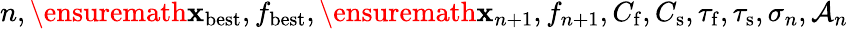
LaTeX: n,\ensuremath{\mathbf{x}}_{\mathrm{best}},f_{\mathrm{best}},\ensuremath{\mathbf{x}}_{n+1},f_{n+1},C_{\mathrm{f}},C_{\mathrm{s}},\tau_{\mathrm{f}},\tau_{\mathrm{s}},\sigma_{n},\mathcal{A}_{n}